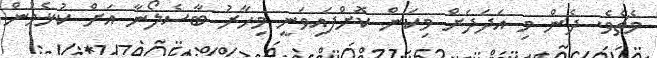
މެޗެވެ. ދެން މި އަދަދަށް މިކަން ކޮށްފައިވަނީ މިހާރު ބާސެލޯނާ އަށް ކުޅެމުން